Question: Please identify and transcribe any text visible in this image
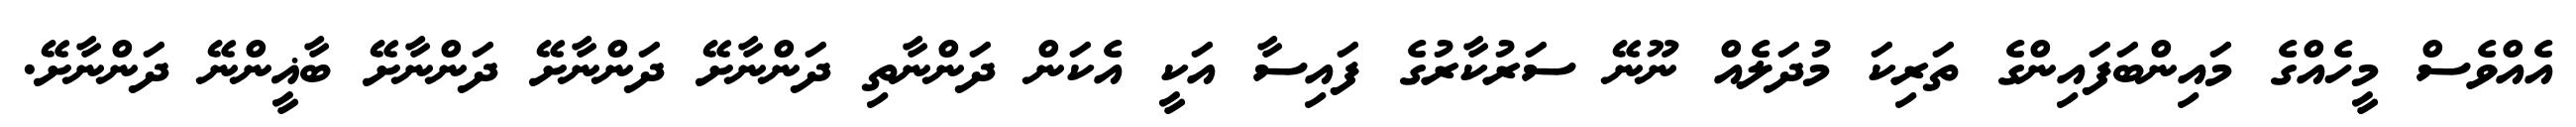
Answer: އެއްވެސް މީހެއްގެ މައިންބަފައިންގެ ތަރިކަ މުދަލެއް ނޫނޭ ސަރުކާރުގެ ފައިސާ އަކީ އެކަން ދަންނާތި ދަންނާށޭ ދަންނާށޭ ދަންނާށޭ ބާޣީންނޭ ދަންނާށޭ.